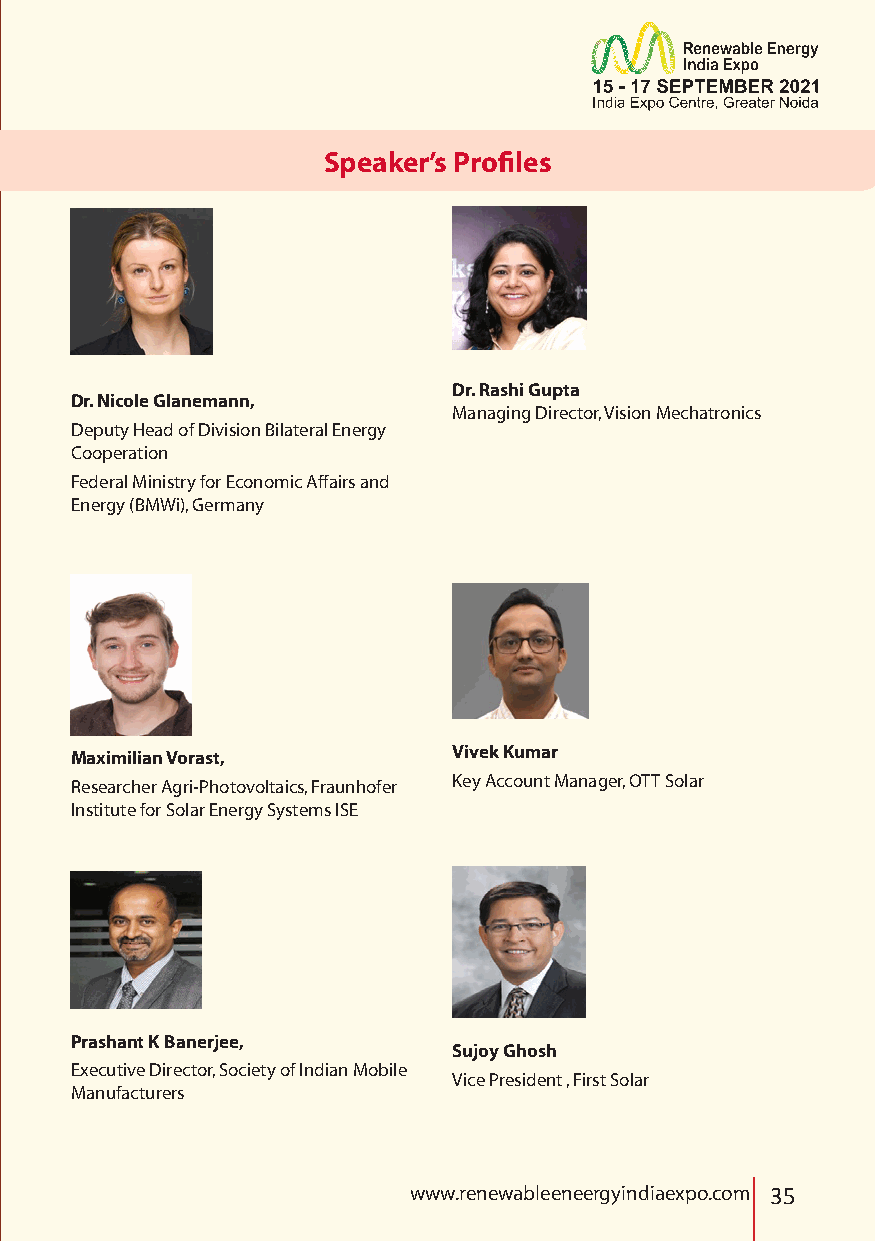
SCpoemapkaenr’ys PPrroofifilleess
 Dr. Rashi Gupta
 Dr. Nicole Glanemann,
 Managing Director, Vision Mechatronics
 Deputy Head of Division Bilateral Energy
 Cooperation
 Federal Ministry for Economic Affairs and
 Energy (BMWi), Germany
 Maximilian Vorast,       Vivek Kumar
 Researcher Agri-Photovoltaics, Fraunhofer Key Account Manager, OTT Solar
 Institute for Solar Energy Systems ISE
 Prashant K Banerjee,
 Sujoy Ghosh
 Executive Director, Society of Indian Mobile
 Vice President , First Solar
 Manufacturers
 www.renewableeneergyindiaexpo.com 35